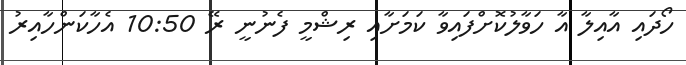
ހޯދައި އާއިލާ އާ ހަވާލުކޮށްފައިވާ ކަމަށާއި ރިޝްމީ ފެނުނީ ރޭ 10:50 އެހާކަންހާއިރު